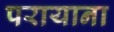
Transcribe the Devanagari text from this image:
परायाना